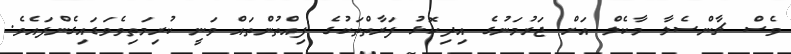
ވެސް ޗާންސެލާ މާކެލް އަށް ޖަރުމަނުގެ އިދިކޮޅު ފަރާތްތަކުގެ ފިއްތުންތައް ވަނީ ކުރިމަތިވެވަޑައިގެންފައެވެ.